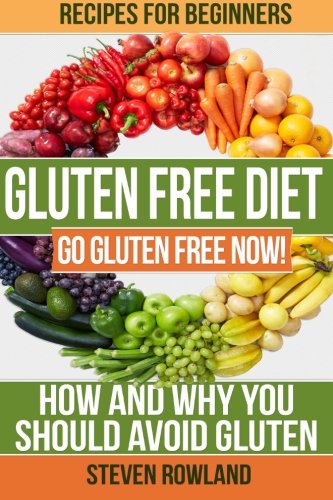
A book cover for Gluten Free Diet: Go Gluten Free Now! How And Why You Should Avoid Gluten (Volume 1); Steve Rowland; Cookbooks, Food & Wine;